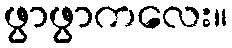
ဖွာဖွာကလေး။